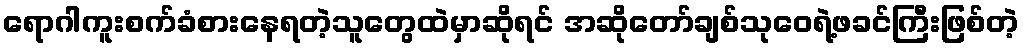
ရောဂါကူးစက်ခံစားနေရတဲ့သူတွေထဲမှာဆိုရင် အဆိုတော်ချစ်သုဝေရဲ့ဖခင်ကြီးဖြစ်တဲ့